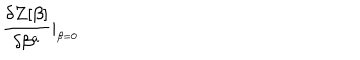
LaTeX: { \frac { \delta Z [ \beta ] } { \delta \beta ^ { a } } } \vert _ { _ { \beta = 0 } } \,